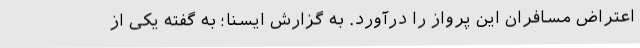
اعتراض مسافران این پرواز را درآورد. به گزارش ایسنا؛ به گفته یکی از